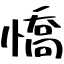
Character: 憍